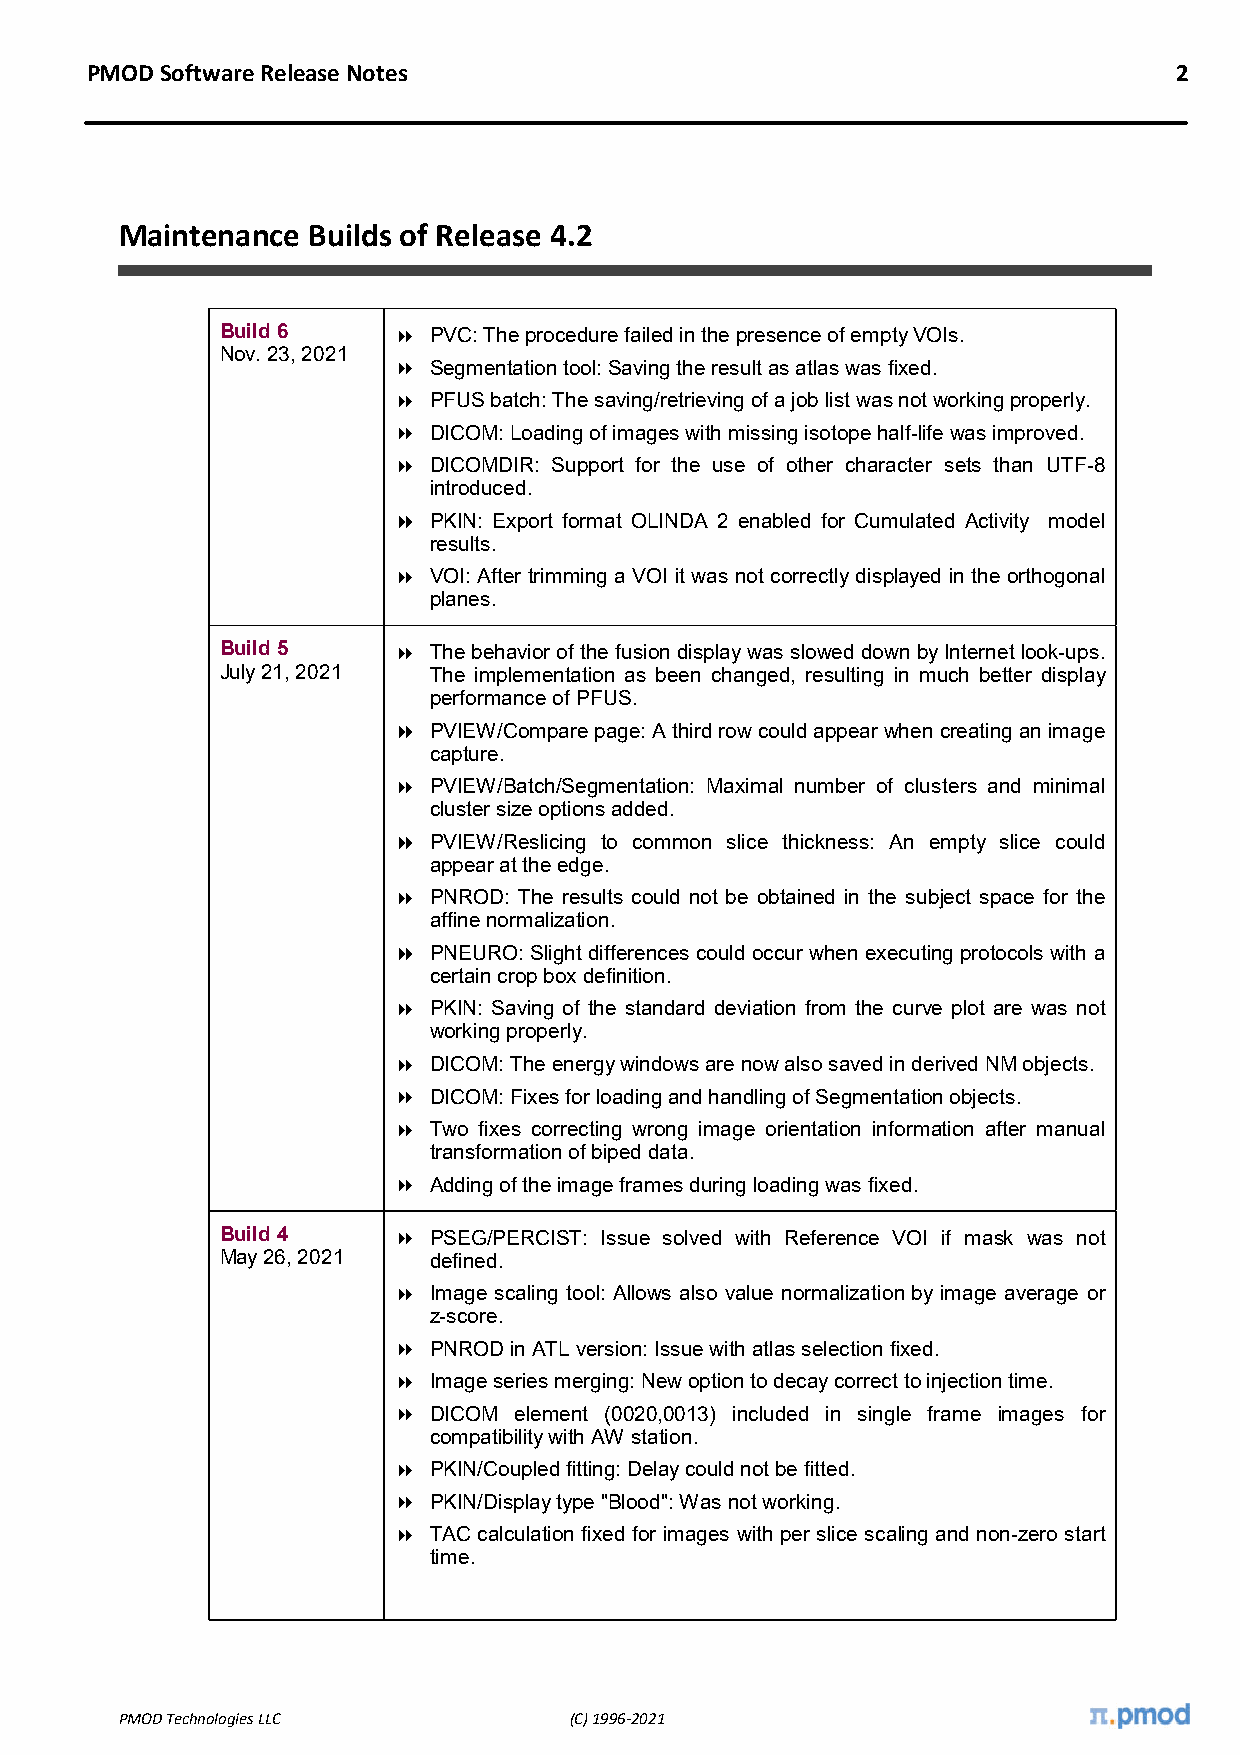
PMOD Software Release Notes                                             2
 Maintenance Builds of Release 4.2
 Build 6     PVC: The procedure failed in the presence of empty VOIs.
 Nov. 23, 2021
  Segmentation tool: Saving the result as atlas was fixed.
  PFUS batch: The saving/retrieving of a job list was not working properly.
  DICOM: Loading of images with missing isotope half-life was improved.
  DICOMDIR: Support for the use of other character sets than UTF-8
 introduced.
  PKIN: Export format OLINDA 2 enabled for Cumulated Activity model
 results.
  VOI: After trimming a VOI it was not correctly displayed in the orthogonal
 planes.
 Build 5     The behavior of the fusion display was slowed down by Internet look-ups.
 July 21, 2021 The implementation as been changed, resulting in much better display
 performance of PFUS.
  PVIEW/Compare page: A third row could appear when creating an image
 capture.
  PVIEW/Batch/Segmentation: Maximal number of clusters and minimal
 cluster size options added.
  PVIEW/Reslicing to common slice thickness: An empty slice could
 appear at the edge.
  PNROD: The results could not be obtained in the subject space for the
 affine normalization.
  PNEURO: Slight differences could occur when executing protocols with a
 certain crop box definition.
  PKIN: Saving of the standard deviation from the curve plot are was not
 working properly.
  DICOM: The energy windows are now also saved in derived NM objects.
  DICOM: Fixes for loading and handling of Segmentation objects.
  Two fixes correcting wrong image orientation information after manual
 transformation of biped data.
  Adding of the image frames during loading was fixed.
 Build 4     PSEG/PERCIST: Issue solved with Reference VOI if mask was not
 May 26, 2021 defined.
  Image scaling tool: Allows also value normalization by image average or
 z-score.
  PNROD in ATL version: Issue with atlas selection fixed.
  Image series merging: New option to decay correct to injection time.
  DICOM element (0020,0013) included in single frame images for
 compatibility with AW station.
  PKIN/Coupled fitting: Delay could not be fitted.
  PKIN/Display type "Blood": Was not working.
  TAC calculation fixed for images with per slice scaling and non-zero start
 time.
 PMOD Technologies LLC         (C) 1996-2021